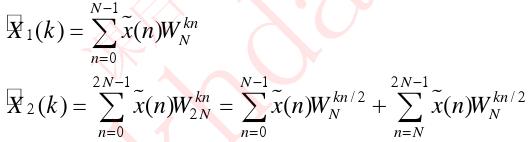
\[
\begin{align*}
\widetilde{X}_1(k) &= \sum_{n=0}^{N - 1} \widetilde{x}(n)W_N^{kn}\\
\widetilde{X}_2(k) &= \sum_{n=0}^{2N - 1} \widetilde{x}(n)W_{2N}^{kn} = \sum_{n=0}^{N - 1} \widetilde{x}(n)W_N^{kn/2} + \sum_{n=N}^{2N - 1} \widetilde{x}(n)W_N^{kn/2}
\end{align*}
\]